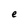
Character: e